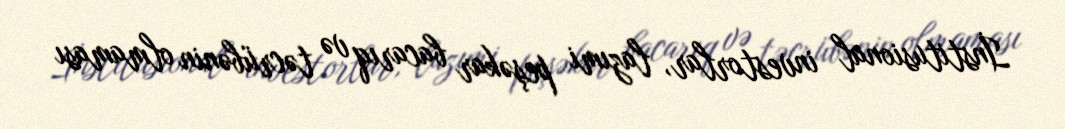
İnstitusional investorlar, lazımi peşəkar bacarıq və təcrübənin olmaması